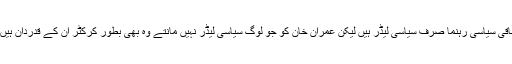
باقی سیاسی رہنما صرف سیاسی لیڈر ہیں لیکن عمران خان کو جو لوگ سیاسی لیڈر نہیں مانتے وہ بھی بطور کرکٹر ان کے قدردان ہیں۔